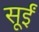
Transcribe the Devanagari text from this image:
सूईं